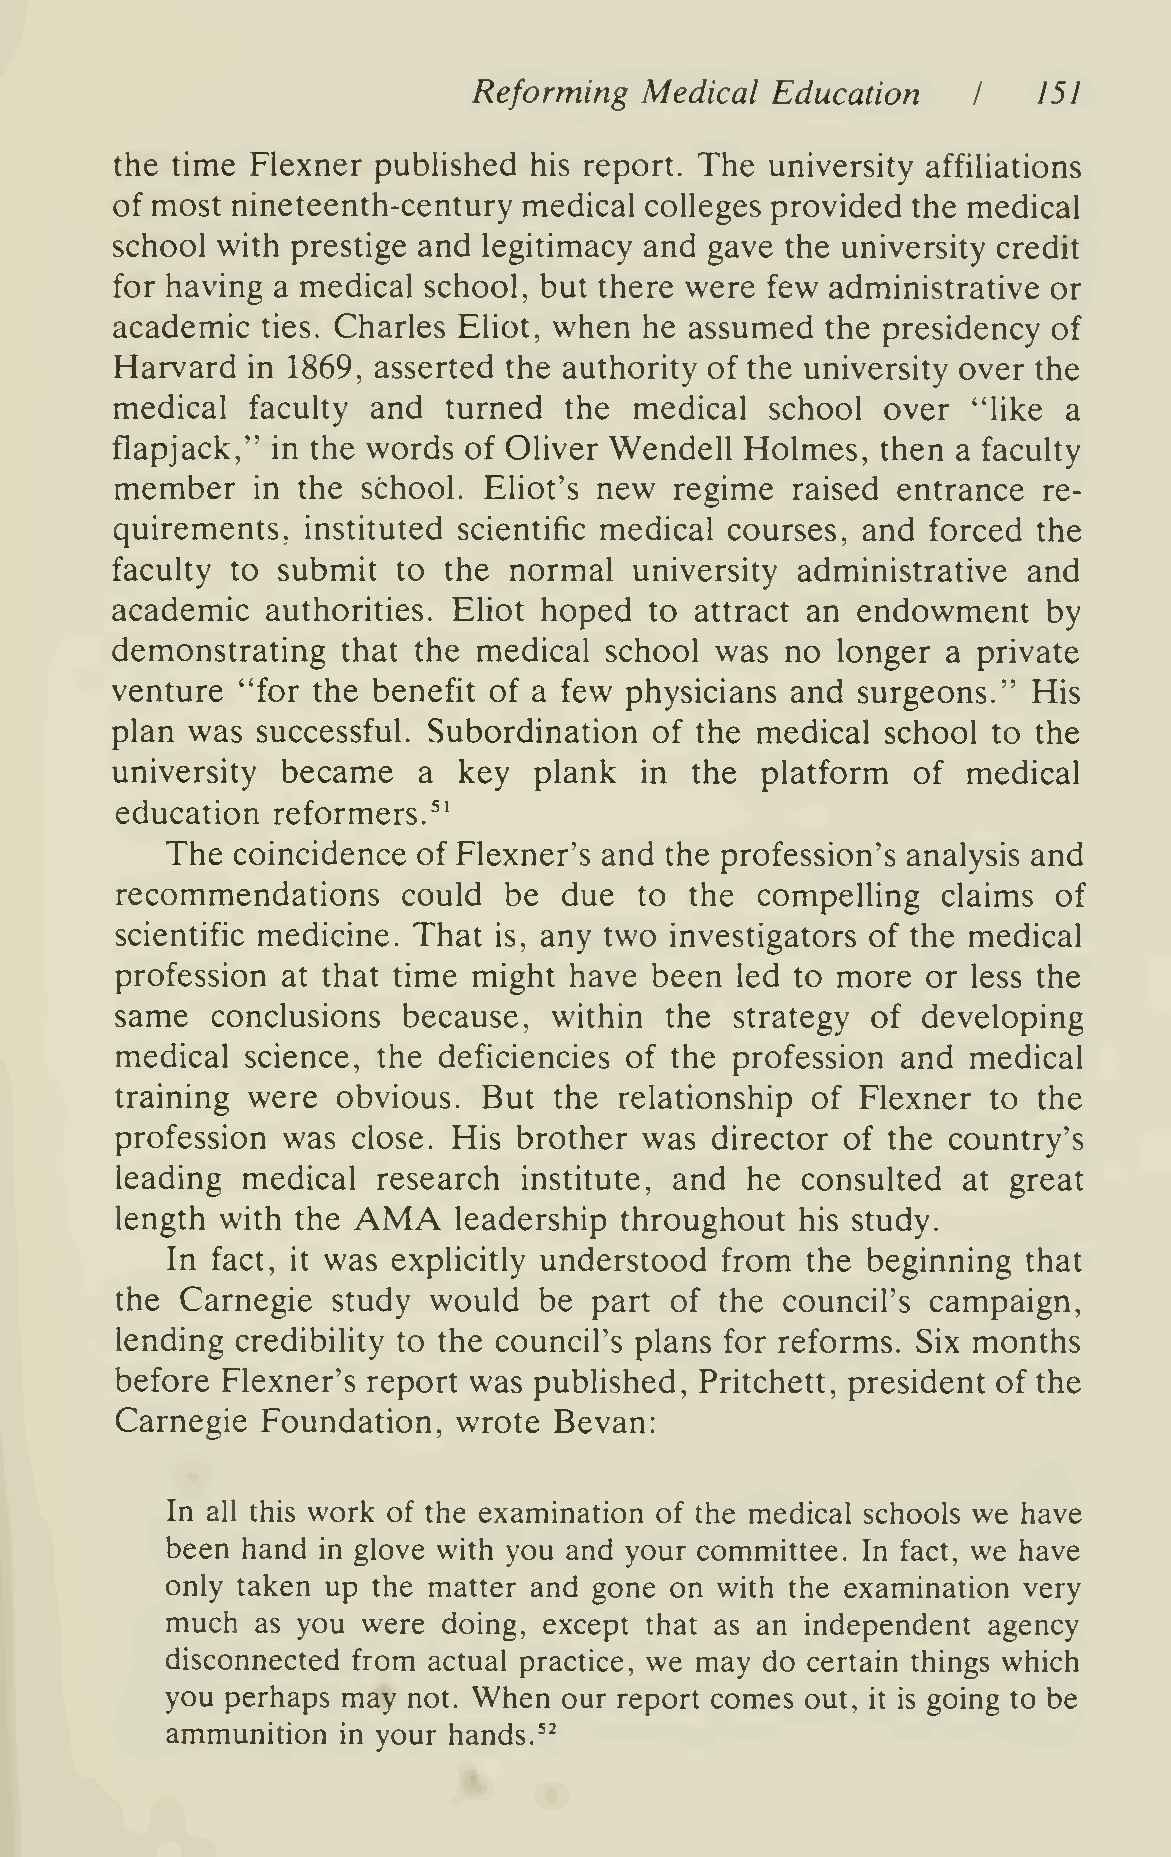
Reforming  Medical  Education         151
 I
 the time Flexner published his report. The university affiUations
 of most nineteenth-century medical colleges provided the medical
 school with prestige and legitimacy and gave the university credit
 for having a medical school, but there were few administrative or
 academic ties. Charles Eliot, when he assumed  the presidency of
 Harvard in 1869, asserted the authority of the university over the
 medical  faculty and turned  the  medical  school  over "like  a
 flapjack," in the words of Oliver Wendell Holmes,  then a faculty
 member   in the school. Eliot's new  regime raised entrance  re-
 quirements, instituted scientific medical courses, and forced the
 faculty to submit  to the  normal  university administrative and
 academic   authorities. Eliot hoped to attract an endowment   by
 demonstrating   that the medical school was  no longer  a private
 venture  "for the benefit of a few physicians and surgeons." His
 plan  was successful. Subordination of the medical  school to the
 university  became   a key  plank  in  the platform  of  medical
 education reformers.^'
 The coincidence  of Flexner's and the profession's analysis and
 recommendations    could be  due  to  the compelling  claims  of
 scientific medicine. That is, any two investigators of the medical
 profession at that time might have been  led to more or less the
 same  conclusions  because,  within the  strategy of developing
 medical science, the deficiencies of the profession and medical
 training were obvious.  But  the relationship of Flexner  to the
 profession was close. His brother  was director of the country's
 leading medical  research  institute, and he consulted  at great
 AMA
 length with the       leadership throughout  his study.
 In fact, it was explicitly understood from the beginning that
 the Carnegie  study would   be part of  the council's campaign,
 lending credibility to the council's plans for reforms. Six months
 before Flexner's report was published, Pritchett, president of the
 Carnegie Foundation,  wrote  Bevan:
 In all this work of the examination of the medical schools we have
 been hand in glove with you and your committee. In fact, we have
 only taken up the matter and gone on with the examination very
 much  as you were doing, except that as an independent agency
 disconnected from actual practice, we may do certain things which
 you perhaps may not. When our report comes out, it is going to be
 ammunition in your hands."